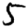
Digit: 5